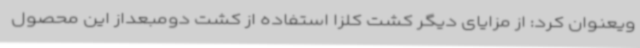
ویعنوان کرد: از مزایای دیگر کشت کلزا استفاده از کشت دومبعداز این محصول